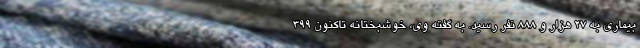
بیماری به ۲۷ هزار و ۸۸۸ نفر رسید. به گفته وی، خوشبختانه تاکنون ۳۹۹